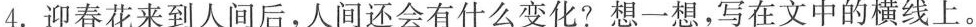
4.迎春花来到人间后，人间还会有什么变化?想一想，写在文中的横线上。